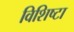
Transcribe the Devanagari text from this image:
विशिष्टा